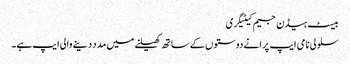
بیسٹ ہیڈن جیم کیٹیگری
سلولی نامی ایپ پرانے دوستوں کے ساتھ کھیلنے میں مدد دینے والی ایپ ہے۔